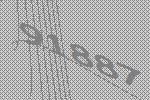
91887